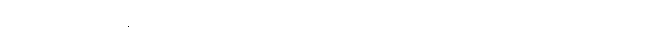
ဘော ဂေါတမ၊ အရှင်ဂေါတမ။ သယံကတံ၊ မိမိသည် ပြုအပ်သော။ ဒုက္ခံ၊ ဆင်းရဲသည်။ အတ္ထိ